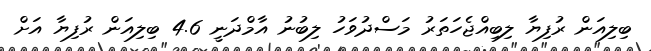
ބިލިއަން ރުފިޔާ ލިބިއްޖެހަތަރު މަސްދުވަހު ލިބުނު އާމްދަނީ 4.6 ބިލިއަން ރުފިޔާ އަށް